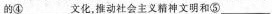
的④___文化，推动社会主义精神文明和⑤___